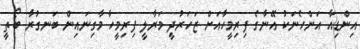
އިންޑިއާ އަންހެނަކު އޭނާގެ ފިރިމީހާއަށް ޒަހަރުދީ މަރާލީ ފިރިމީހާ މާގިނައިން ބަނގުރާ ބޯތީ